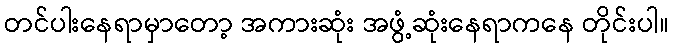
တင်ပါးနေရာမှာတော့ အကားဆုံး အဖွံ့ဆုံးနေရာကနေ တိုင်းပါ။